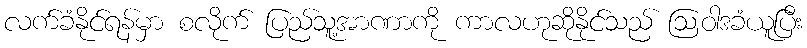
လက်ခံနိုင်ရန်မှာ စလိုက် ပြည်သူ့အာဏာကို ကာလဟုဆိုနိုင်သည် ဩဝါဒခံယူပြီး